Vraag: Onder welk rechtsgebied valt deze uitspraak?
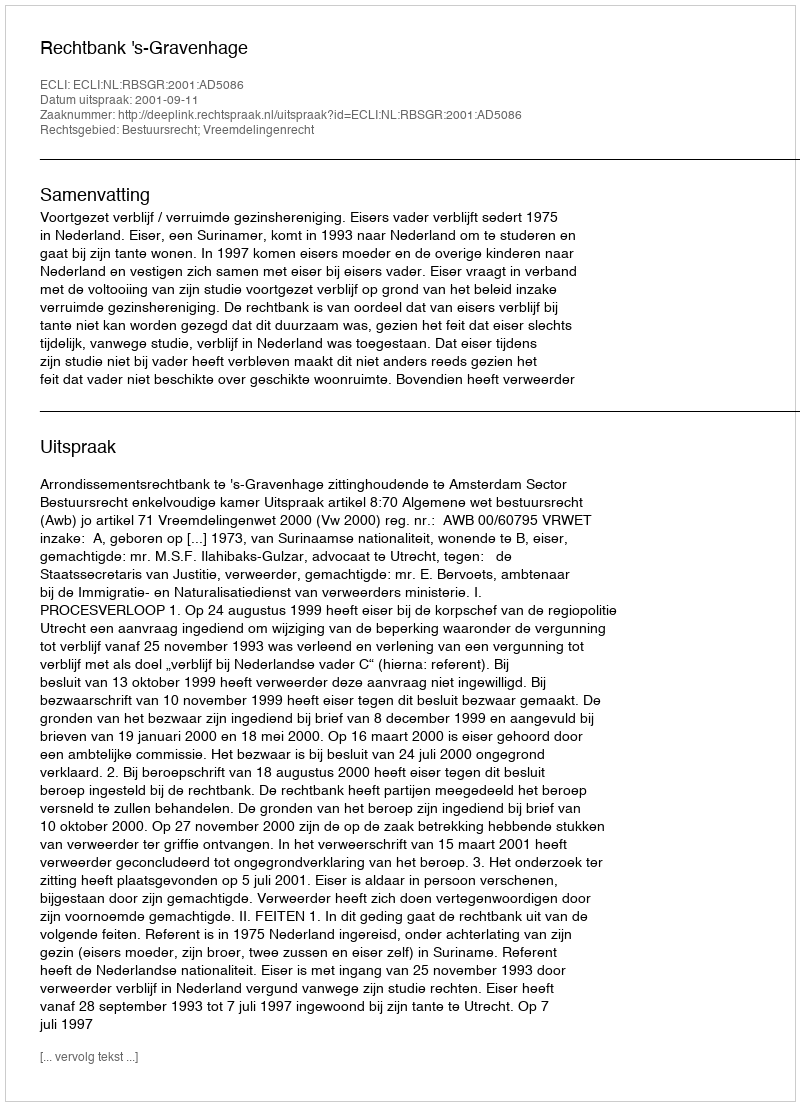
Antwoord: Bestuursrecht; Vreemdelingenrecht